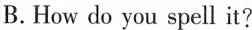
B. How do you spell it?